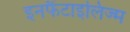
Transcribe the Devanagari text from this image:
इनफैंटाइलिज्म